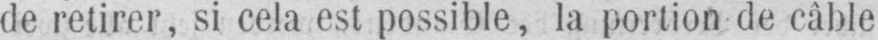
de retirer, si cela est possible, la portion de câble